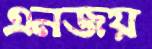
এনজয়